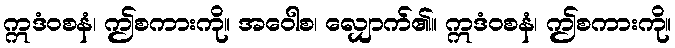
ဣဒံဝစနံ၊ ဤစကားကို။ အဝေါစ၊ လျှောက်၏။ ဣဒံဝစနံ၊ ဤစကားကို။